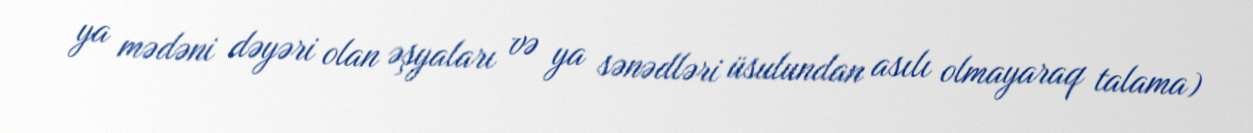
ya mədəni dəyəri olan əşyaları və ya sənədləri üsulundan asılı olmayaraq talama)